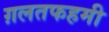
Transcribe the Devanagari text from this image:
ग़लतफहमी